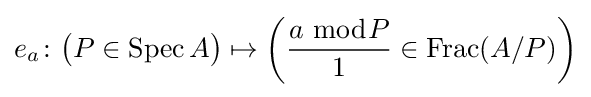
e_{a}\colon {\bigl (}P\in \operatorname {Spec} A{\bigr )}\mapsto \left({\frac {a\;{\bmod {P}}}{1}}\in \operatorname {Frac} (A/P)\right)